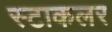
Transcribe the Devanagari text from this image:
स्टाकलर